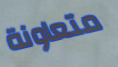
متعاونة